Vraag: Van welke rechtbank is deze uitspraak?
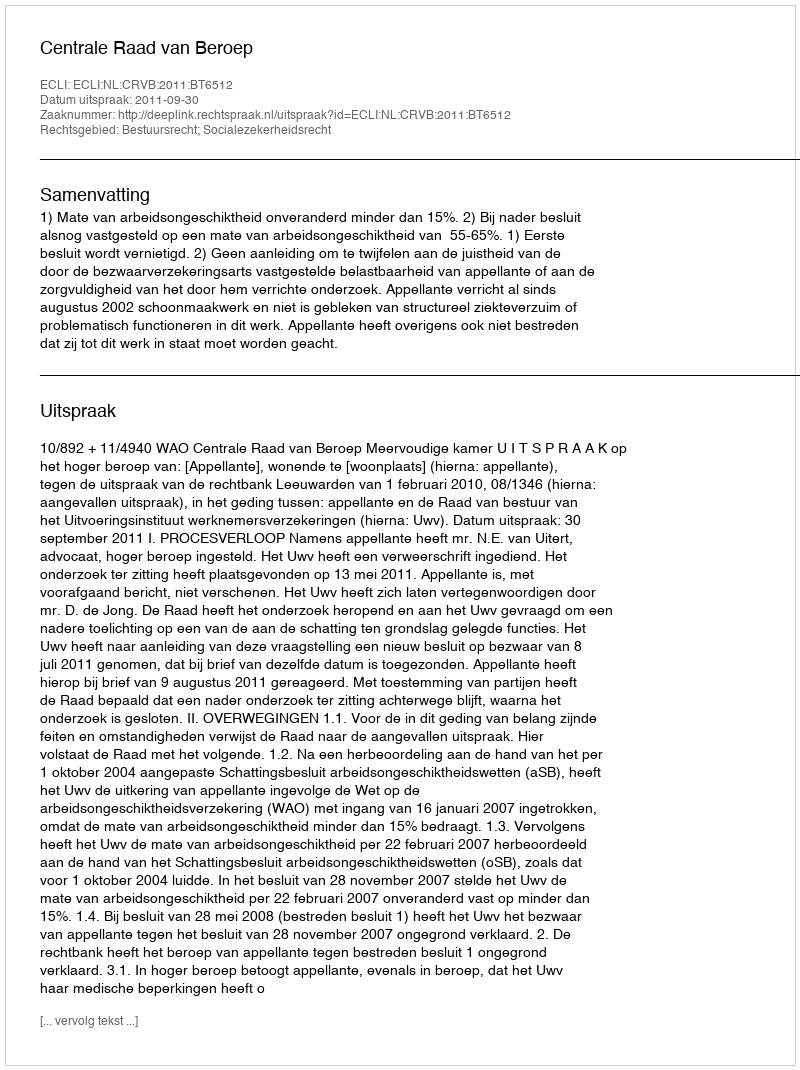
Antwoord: Centrale Raad van Beroep